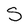
Character: s